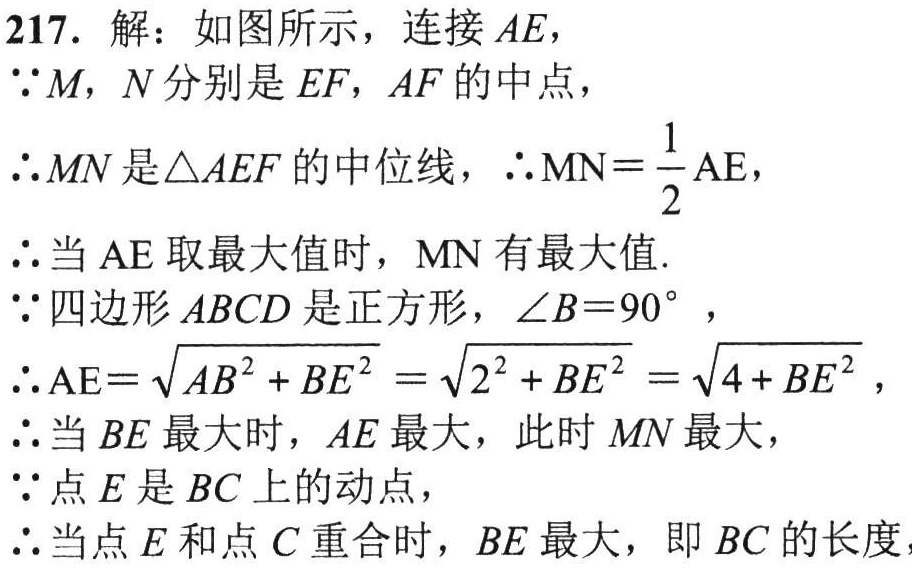
217. 解：如图所示，连接\(AE\)，
\(\because M\)，\(N\)分别是\(EF\)，\(AF\)的中点，
\(\therefore MN\)是\(\triangle AEF\)的中位线，\(\therefore \mathrm{MN}=\frac{1}{2}\mathrm{AE}\)，
\(\therefore\)当\(\mathrm{AE}\)取最大值时，\(\mathrm{MN}\)有最大值.
\(\because\)四边形\(ABCD\)是正方形，\(\angle B = 90^{\circ}\)，
\(\therefore \mathrm{AE}=\sqrt{AB^{2} + BE^{2}}=\sqrt{2^{2} + BE^{2}}=\sqrt{4 + BE^{2}}\)，
\(\therefore\)当\(BE\)最大时，\(AE\)最大，此时\(MN\)最大，
\(\because\)点\(E\)是\(BC\)上的动点，
\(\therefore\)当点\(E\)和点\(C\)重合时，\(BE\)最大，即\(BC\)的长度，